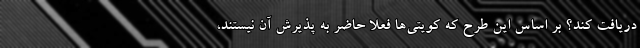
دریافت کند؟ بر اساس این طرح که کویتی‌ها فعلاً حاضر به پذیرش آن نیستند،